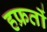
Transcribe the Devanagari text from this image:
हफ्रतों